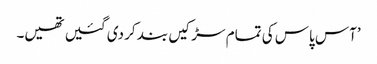
’آس پاس کی تمام سڑکیں بند کر دی گئیں تھیں۔